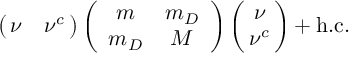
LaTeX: \left( \! \! \begin{array} { c c } { { \nu } } & { { \nu ^ { c } } } \end{array} \! \! \right) \left( \begin{array} { c c } { { m } } & { { m _ { D } } } \\ { { m _ { D } } } & { { M } } \end{array} \right) \left( \! \! \begin{array} { c } { { \nu } } \\ { { \nu ^ { c } } } \end{array} \! \! \right) + \mathrm { h . c . }